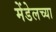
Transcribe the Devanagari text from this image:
मेंडेलच्या